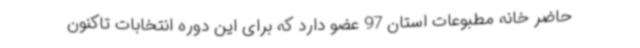
حاضر خانه مطبوعات استان 97 عضو دارد که برای این دوره انتخابات تاکنون